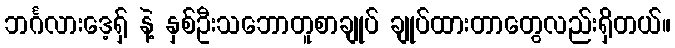
ဘင်္ဂလားဒေ့ရှ် နဲ့ နှစ်ဦးသဘောတူစာချုပ် ချုပ်ထားတာတွေလည်းရှိတယ်။